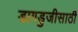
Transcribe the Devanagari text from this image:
डागडुजीसाठी